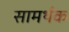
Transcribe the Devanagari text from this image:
सामर्थक